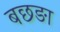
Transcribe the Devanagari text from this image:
बछङा